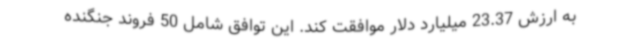
به ارزش 23.37 میلیارد دلار موافقت کند. این توافق شامل 50 فروند جنگنده